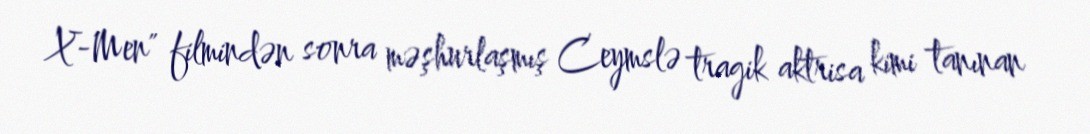
X-Men" filmindən sonra məşhurlaşmış Ceymslə tragik aktrisa kimi tanınan